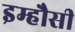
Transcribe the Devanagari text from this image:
इम्हौसी